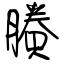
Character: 賸